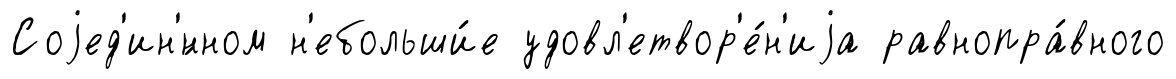
Соjед'ин'́нном н'ебольши́е удовл'етвор'е́н'иjа равнопра́вного